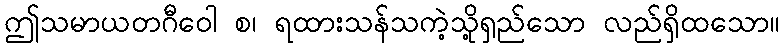
ဤသမာယတဂီဝေါ စ၊ ရထားသန်သကဲ့သို့ရှည်သော လည်ရှိထသော။